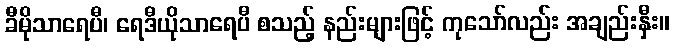
ခီမိုသာရေပီ၊ ရေဒီယိုသာရေပီ စသည့် နည်းများဖြင့် ကုသော်လည်း အချည်းနှီး။